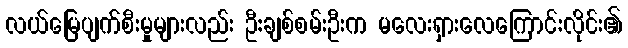
လယ်မြေပျက်စီးမှုများလည်း ဦးချစ်စမ်းဦးက မလေးရှားလေကြောင်းလိုင်း၏